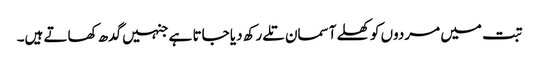
تبت میں مردوں کو کھلے آسمان تلے رکھ دیا جاتا ہے جنہیں گدھ کھاتے ہیں۔